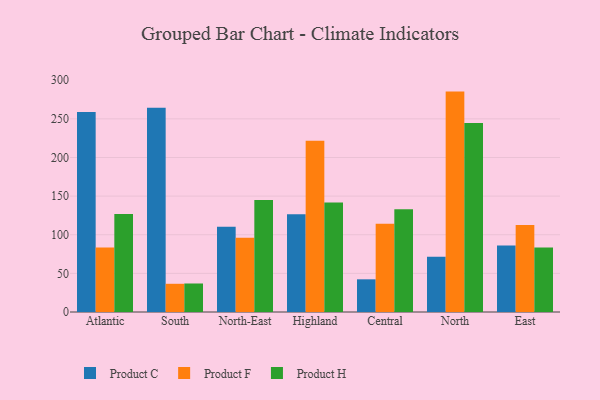
{"axis": {"x": "Region", "y": "Waste Production (Tons)"}, "legend": ["Product C", "Product F", "Product H"], "data": [{"x": "Atlantic", "y": 258.8, "type": "Product C"}, {"x": "Atlantic", "y": 83.6, "type": "Product F"}, {"x": "Atlantic", "y": 127.0, "type": "Product H"}, {"x": "South", "y": 264.3, "type": "Product C"}, {"x": "South", "y": 36.5, "type": "Product F"}, {"x": "South", "y": 36.9, "type": "Product H"}, {"x": "North-East", "y": 110.2, "type": "Product C"}, {"x": "North-East", "y": 96.2, "type": "Product F"}, {"x": "North-East", "y": 145.1, "type": "Product H"}, {"x": "Highland", "y": 126.5, "type": "Product C"}, {"x": "Highland", "y": 221.8, "type": "Product F"}, {"x": "Highland", "y": 141.7, "type": "Product H"}, {"x": "Central", "y": 42.3, "type": "Product C"}, {"x": "Central", "y": 114.2, "type": "Product F"}, {"x": "Central", "y": 133.1, "type": "Product H"}, {"x": "North", "y": 71.4, "type": "Product C"}, {"x": "North", "y": 285.3, "type": "Product F"}, {"x": "North", "y": 244.5, "type": "Product H"}, {"x": "East", "y": 86.0, "type": "Product C"}, {"x": "East", "y": 112.6, "type": "Product F"}, {"x": "East", "y": 83.4, "type": "Product H"}]}